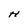
Character: H